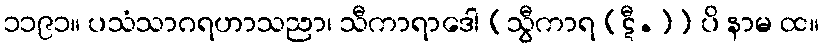
၁၁၉၁။ ပသံသာဂရဟာသညာ၊ သီကာရာဒေါ [သွီကာရ (ဋီ.)] ပိ နာမ ထ။